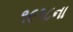
૧૯૧૮ના